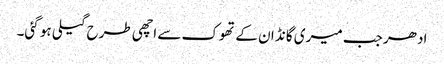
ادھر جب میری گانڈ ان کے تھوک سے اچھی طرح گیلی ہو گئی۔